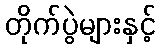
တိုက်ပွဲများနှင့်